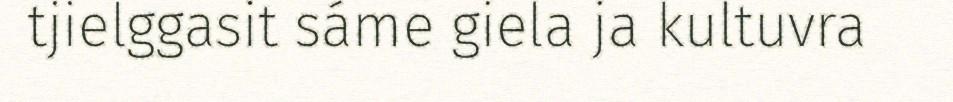
tjielggasit sáme giela ja kultuvra